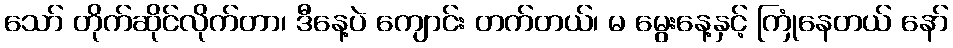
သော် တိုက်ဆိုင်လိုက်တာ၊ ဒီနေ့ပဲ ကျောင်း တက်တယ်၊ မ မွေးနေ့နှင့် ကြုံနေတယ် နော်